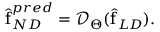
\begin{array} { r } { \hat { \boldsymbol { \mathrm { f } } } _ { N D } ^ { p r e d } = \mathcal { D } _ { \boldsymbol { \Theta } } ( \hat { \boldsymbol { \mathrm { f } } } _ { { L D } } ) . } \end{array}